Kominterni_Eesti_sektsioon_Moskvas, lk 2
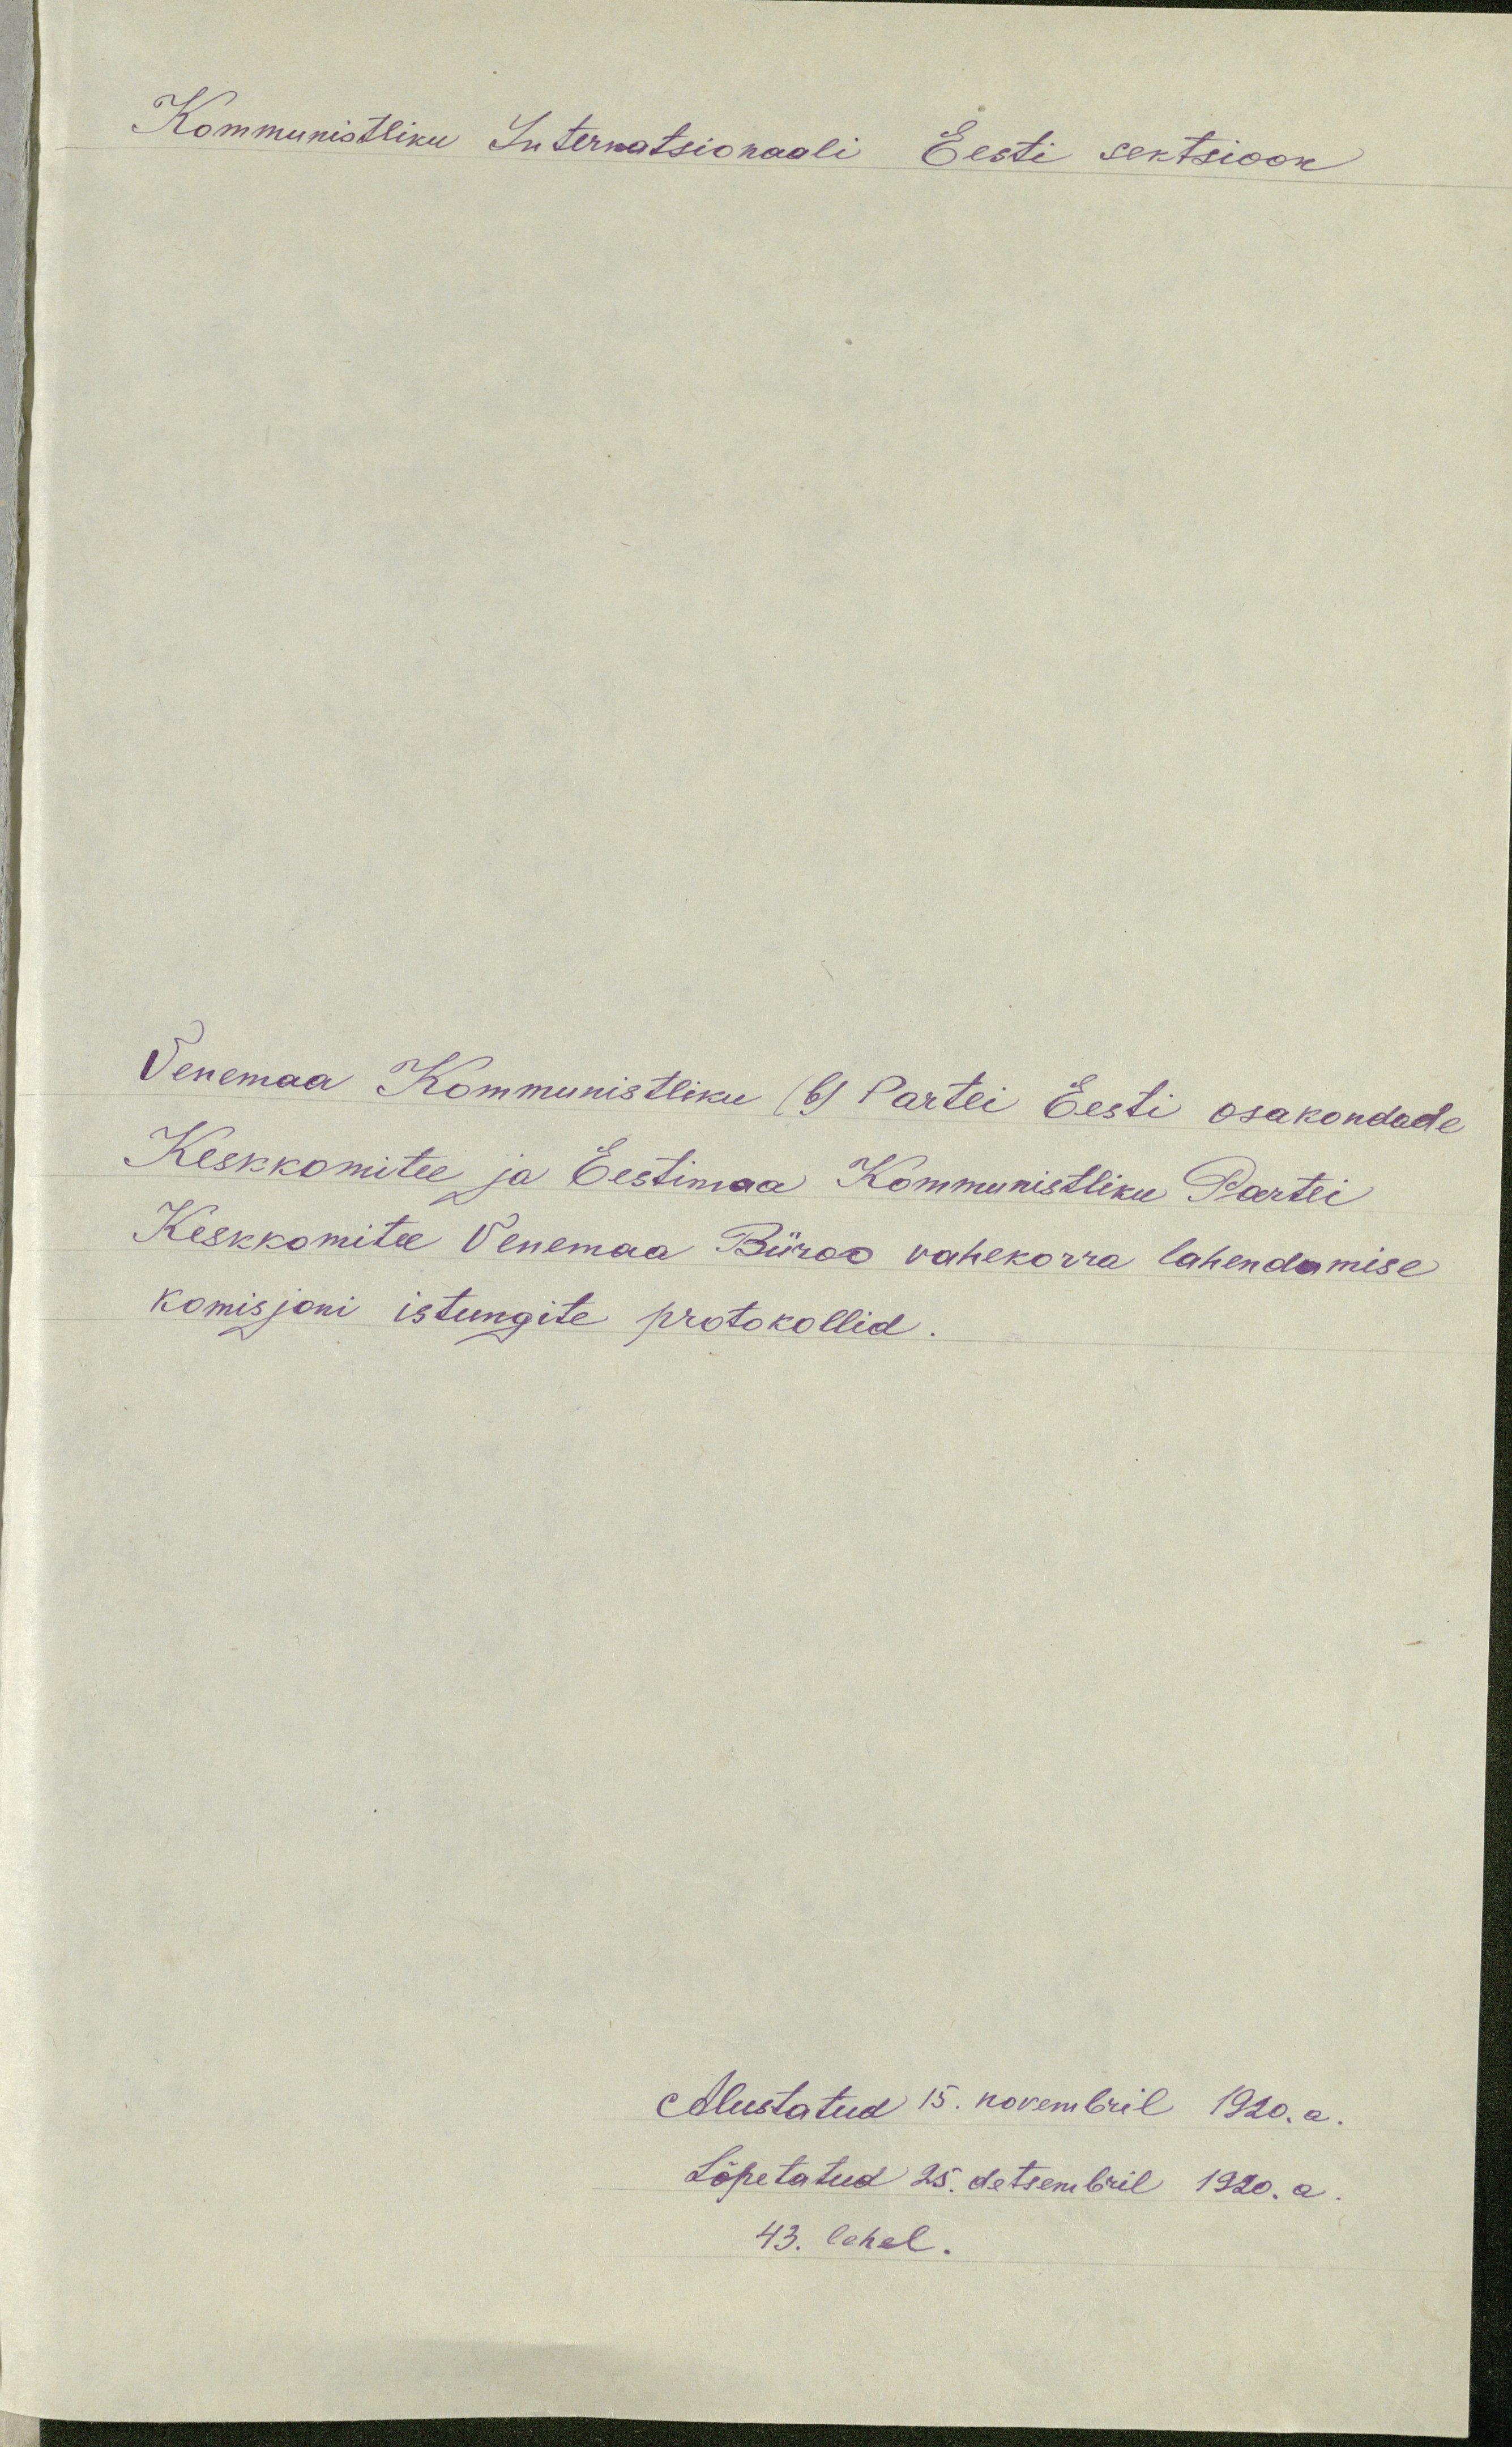
Kommunistliku Internatsionaali Eesti sektsioon
Venemaa Kommunistliku (b) Partei Eesti osakondade
Keskkomitee ja Eestimaa Kommunistliku Partei
Keskkomitee Venemaa Büroo vahekorra lahendamise
komisjoni istungite protokollid.
Alustatud 15. novembril 1920. a.
Lõpetatud 25. detsembril 1920. a.
43. lehel.